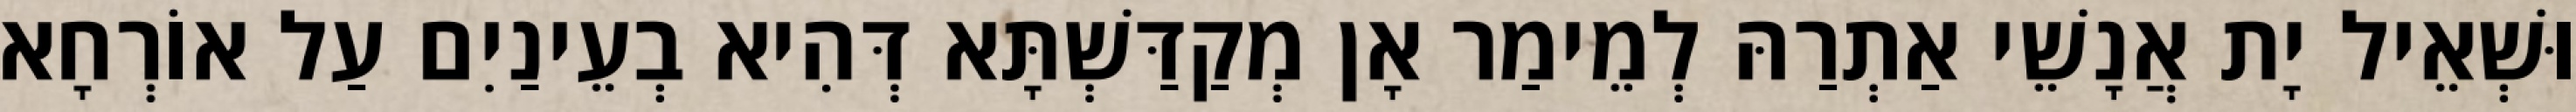
וּשְׁאֵיל יָת אֲנָשֵׁי אַתְרַהּ לְמֵימַר אָן מְקַדַּשְׁתָּא דְּהִיא בְעֵינַיִם עַל אוֹרְחָא